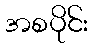
အစပိုင်း